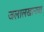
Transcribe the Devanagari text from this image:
जलालखानचा